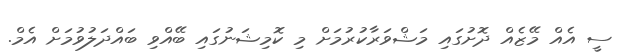
ސީ އެއް މޭޒެއް ދޮށުގައި މަޝްވަރާކުރުމަށް މި ކޮމިޝަނުގައި ބޭއްވި ބައްދަލުވުމަށް އެމް.